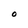
Character: O